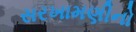
સરખામણીનો